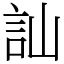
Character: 訕